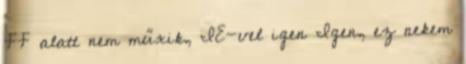
FF alatt nem műxik, IE-vel igen Igen, ez nekem